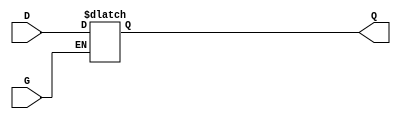
module GatedTransparentLatch (
    input wire D,  // Data input
    input wire G,  // Gate control signal
    output reg Q   // Output
);

// Always block triggered by changes in G or D
always @(*) begin
    if (G) begin
        // When G is high, Q follows D
        Q = D;
    end
    // When G is low, Q retains its last value (hold state)
end

endmodule